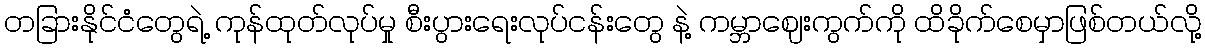
တခြားနိုင်ငံတွေရဲ့ ကုန်ထုတ်လုပ်မှု စီးပွားရေးလုပ်ငန်းတွေ နဲ့ ကမ္ဘာဈေးကွက်ကို ထိခိုက်စေမှာဖြစ်တယ်လို့